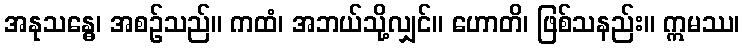
အနုသန္ဓေ၊ အစဉ်သည်။ ကထံ၊ အဘယ်သို့လျှင်။ ဟောတိ၊ ဖြစ်သနည်း။ ဣမဿ၊